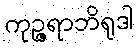
ကုဉ္ဇရာဘိရုဒါ